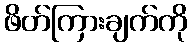
ဖိတ်ကြားချက်ကို